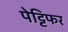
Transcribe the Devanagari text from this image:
पेट्टिफर